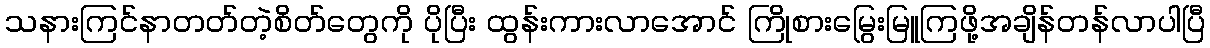
သနားကြင်နာတတ်တဲ့စိတ်တွေကို ပိုပြီး ထွန်းကားလာအောင် ကြိုစားမြွေးမြူကြဖို့အချိန်တန်လာပါပြီ